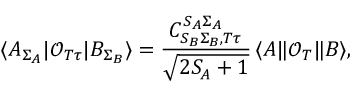
\langle A _ { \Sigma _ { A } } | \mathcal { O } _ { T \tau } | B _ { \Sigma _ { B } } \rangle = \frac { C _ { S _ { B } \Sigma _ { B } , T \tau } ^ { S _ { A } \Sigma _ { A } } } { \sqrt { 2 S _ { A } + 1 } } \, \langle A \| \mathcal { O } _ { T } \| B \rangle ,